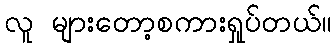
လူ များတော့စကားရှုပ်တယ်။